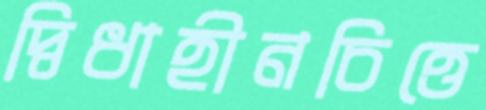
দ্বিধাহীনচিত্তে